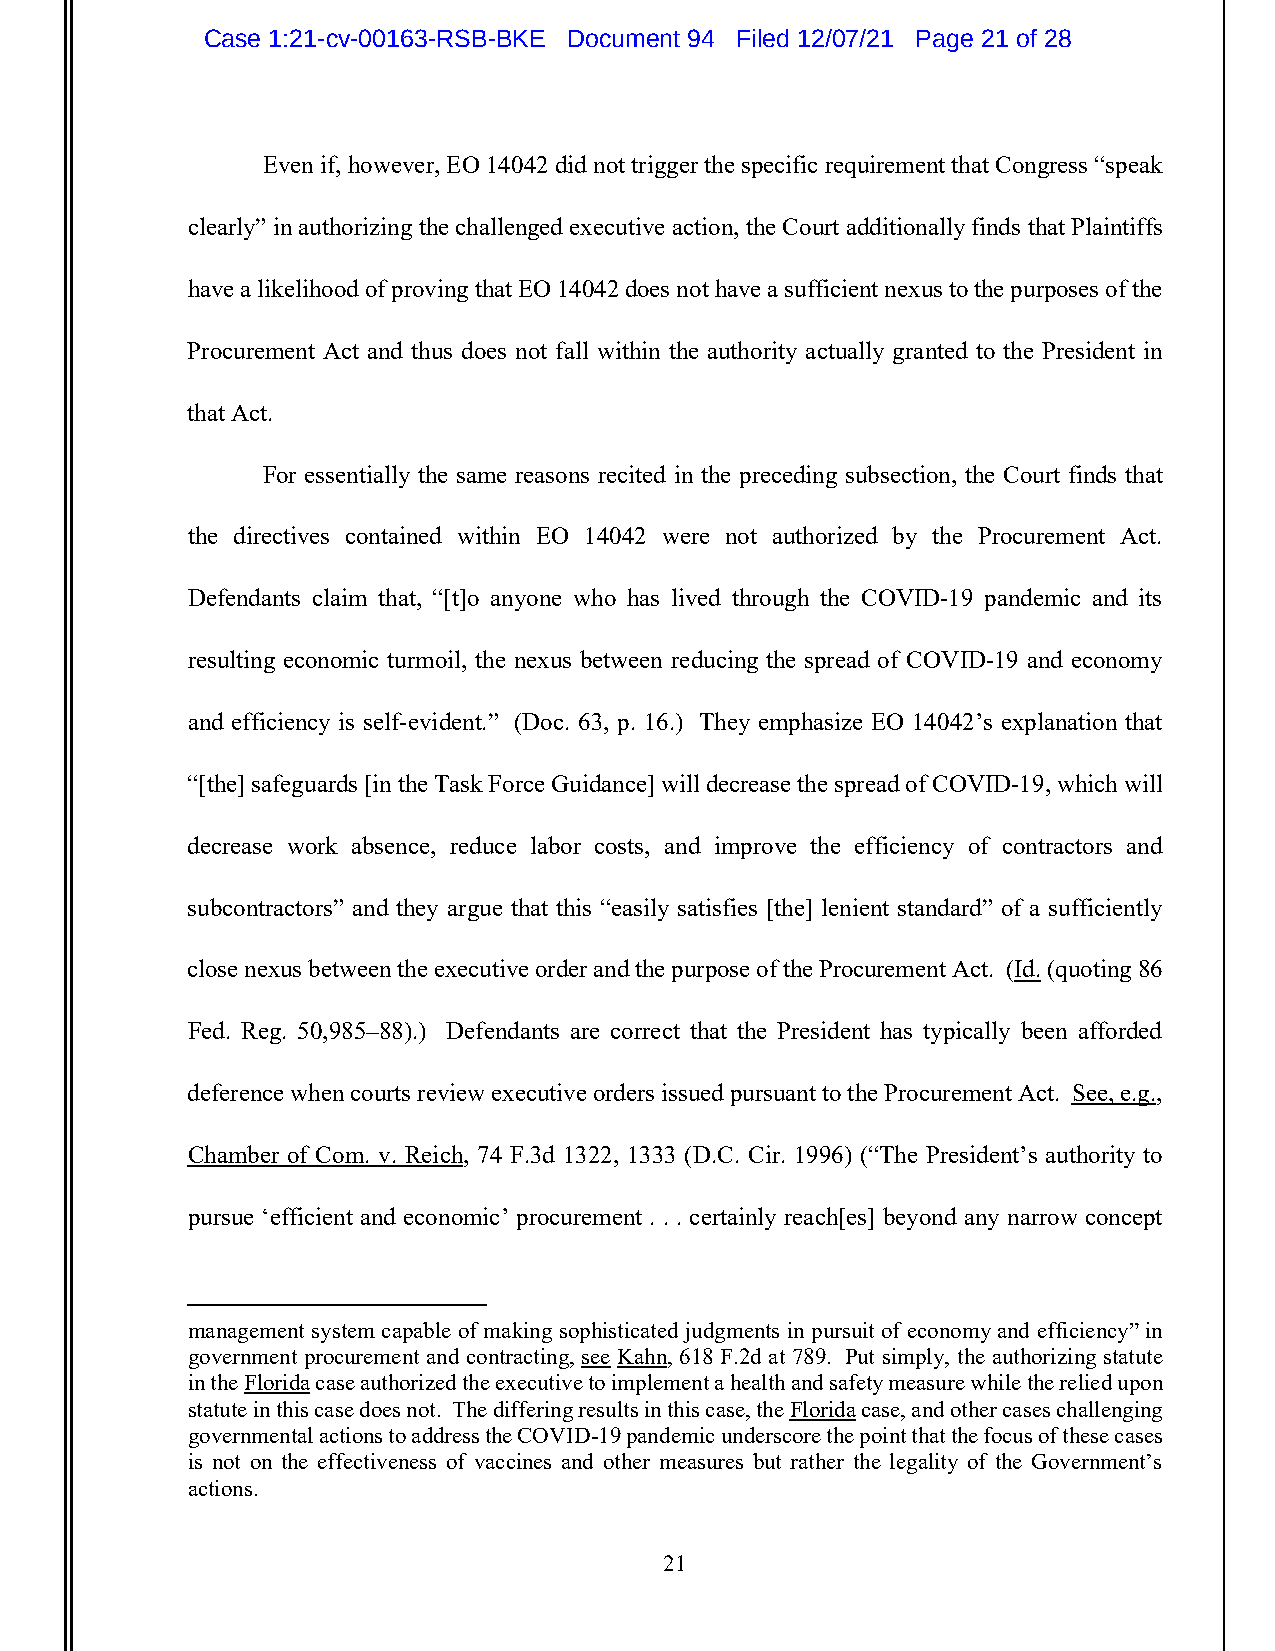
Case 1:21-cv-00163-RSB-BKE Document 94 Filed 12/07/21 Page 21 of 28
 Even if, however, EO 14042 did not trigger the specific requirement that Congress “speak
 clearly” in authorizing the challenged executive action, the Court additionally finds that Plaintiffs
 have a likelihood of proving that EO 14042 does not have a sufficient nexus to the purposes of the
 Procurement Act and thus does not fall within the authority actually granted to the President in
 that Act.
 For essentially the same reasons recited in the preceding subsection, the Court finds that
 the directives contained within EO 14042 were not authorized by the Procurement Act.
 Defendants claim that, “[t]o anyone who has lived through the COVID-19 pandemic and its
 resulting economic turmoil, the nexus between reducing the spread of COVID-19 and economy
 and efficiency is self-evident.” (Doc. 63, p. 16.) They emphasize EO 14042’s explanation that
 “[the] safeguards [in the Task Force Guidance] will decrease the spread of COVID-19, which will
 decrease work absence, reduce labor costs, and improve the efficiency of contractors and
 subcontractors” and they argue that this “easily satisfies [the] lenient standard” of a sufficiently
 close nexus between the executive order and the purpose of the Procurement Act. (Id. (quoting 86
 Fed. Reg. 50,985–88).) Defendants are correct that the President has typically been afforded
 deference when courts review executive orders issued pursuant to the Procurement Act. See, e.g.,
 Chamber of Com. v. Reich, 74 F.3d 1322, 1333 (D.C. Cir. 1996) (“The President’s authority to
 pursue ‘efficient and economic’ procurement . . . certainly reach[es] beyond any narrow concept
 management system capable of making sophisticated judgments in pursuit of economy and efficiency” in
 government procurement and contracting, see Kahn, 618 F.2d at 789. Put simply, the authorizing statute
 in the Florida case authorized the executive to implement a health and safety measure while the relied upon
 statute in this case does not. The differing results in this case, the Florida case, and other cases challenging
 governmental actions to address the COVID-19 pandemic underscore the point that the focus of these cases
 is not on the effectiveness of vaccines and other measures but rather the legality of the Government’s
 actions.
 21